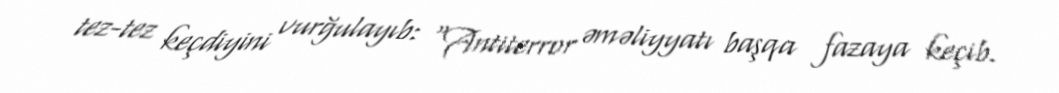
tez-tez keçdiyini vurğulayıb: “Antiterror əməliyyatı başqa fazaya keçib.